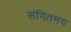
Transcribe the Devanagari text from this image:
संगितमय